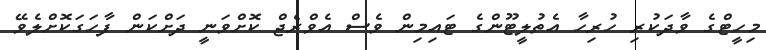
މިހީޓްގެ ވާދަކުރި ހުރިހާ އެތުލީޓޫންގެ ޓައިމިން ވެސް އެވްރެޖް ކޮށްވަނީ ދަށްކަން ފާހަގަކޮށްލެވޭ